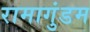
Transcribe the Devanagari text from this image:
रामागुंडम